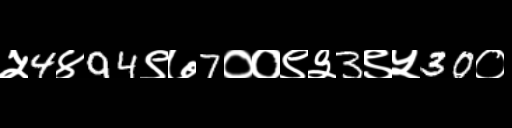
Text: ५4४94९७7००९३3९५30०